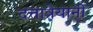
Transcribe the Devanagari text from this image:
दत्तात्रेयानी